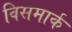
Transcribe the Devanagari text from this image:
विसमार्क